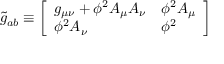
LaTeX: { \widetilde { g } } _ { a b } \equiv { \left[ \begin{array} { l l } { g _ { \mu \nu } + \phi ^ { 2 } A _ { \mu } A _ { \nu } } & { \phi ^ { 2 } A _ { \mu } } \\ { \phi ^ { 2 } A _ { \nu } } & { \phi ^ { 2 } } \end{array} \right] }